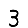
Digit: 3